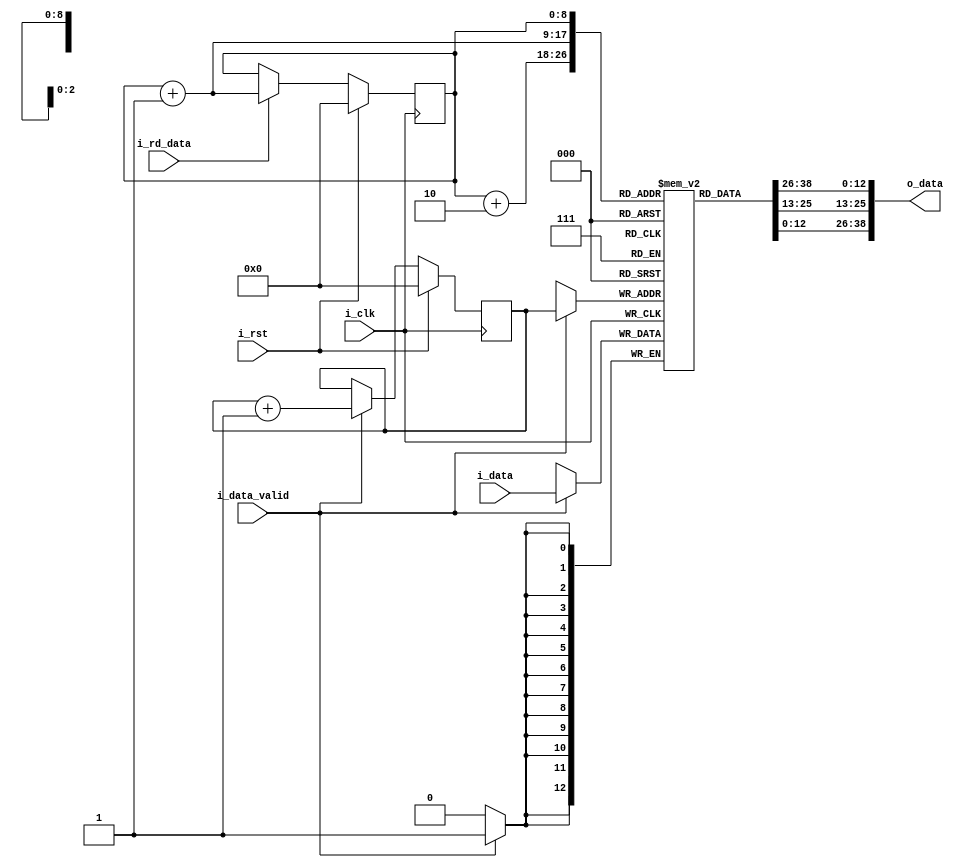
`timescale 1ns / 1ps

module lineBuffer #(
    parameter INTEGER_BITS = 9,
    parameter FIXED_POINT_BITS = 4
)(
input   i_clk,
input   i_rst,
input [INTEGER_BITS+FIXED_POINT_BITS-1:0] i_data,
input   i_data_valid,
output [(INTEGER_BITS+FIXED_POINT_BITS)*3-1:0] o_data,
input i_rd_data
);

reg [INTEGER_BITS+FIXED_POINT_BITS-1:0] line [511:0]; //line buffer
reg [8:0] wrPntr;
reg [8:0] rdPntr;

always @(posedge i_clk)
begin
    if(i_data_valid)
        line[wrPntr] <= i_data;
end

always @(posedge i_clk)
begin
    if(i_rst)
        wrPntr <= 'd0;
    else if(i_data_valid)
        wrPntr <= wrPntr + 'd1;
end

assign o_data = {line[rdPntr],line[rdPntr+1],line[rdPntr+2]};

always @(posedge i_clk)
begin
    if(i_rst)
        rdPntr <= 'd0;
    else if(i_rd_data)
        rdPntr <= rdPntr + 'd1;
end


endmodule